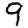
Digit: 9